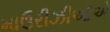
માઉરીઝીઓએ